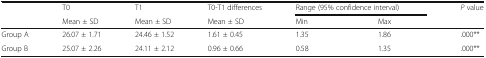
<table><thead><tr><td rowspan="2"></td><td><b>T0</b></td><td><b>T1</b></td><td><b>T0-T1 differences</b></td><td colspan="2"><b>Range (95% confidence interval)</b></td><td rowspan="2"><b><i>P</i> value</b></td></tr><tr><td><b>Mean ± SD</b></td><td><b>Mean ± SD</b></td><td><b>Mean ± SD</b></td><td><b>Min</b></td><td><b>Max</b></td></tr></thead><tbody><tr><td>Group A</td><td>26.07 ± 1.71</td><td>24.46 ± 1.52</td><td>1.61 ± 0.45</td><td>1.35</td><td>1.86</td><td>.000**</td></tr><tr><td>Group B</td><td>25.07 ± 2.26</td><td>24.11 ± 2.12</td><td>0.96 ± 0.66</td><td>0.58</td><td>1.35</td><td>.000**</td></tr></tbody></table>